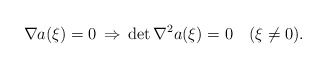
\begin{align*}\nabla a(\xi)=0 \,\Rightarrow\, \det\nabla^2a(\xi)= 0\quad(\xi\neq0).\end{align*}